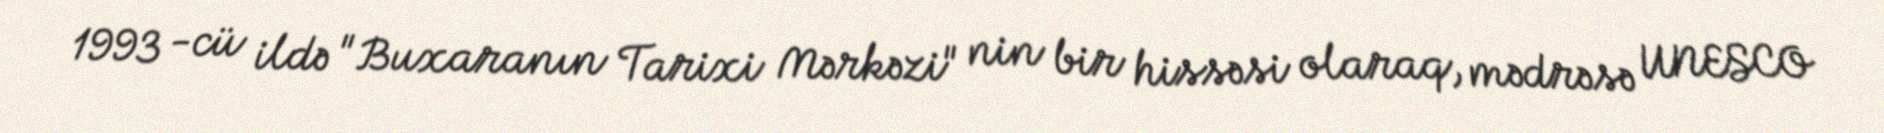
1993 -cü ildə "Buxaranın Tarixi Mərkəzi" nin bir hissəsi olaraq, mədrəsə UNESCO